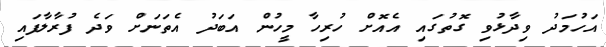
އަހުމަދު ވިދާޅުވި ގޮތުގައި އެއޮށް ހުރިހާ މީހުން އަބަދު އެތަނަށް ވަދެ ފުރާލާފައި